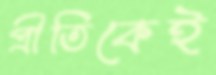
প্রীতিকেই